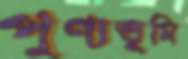
পুণ্যভূমি